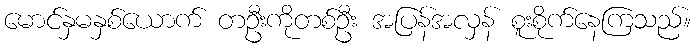
မောင်နှမနှစ်ယောက် တဦးကိုတစ်ဦး အပြန်အလှန် စူးစိုက်နေကြသည်။